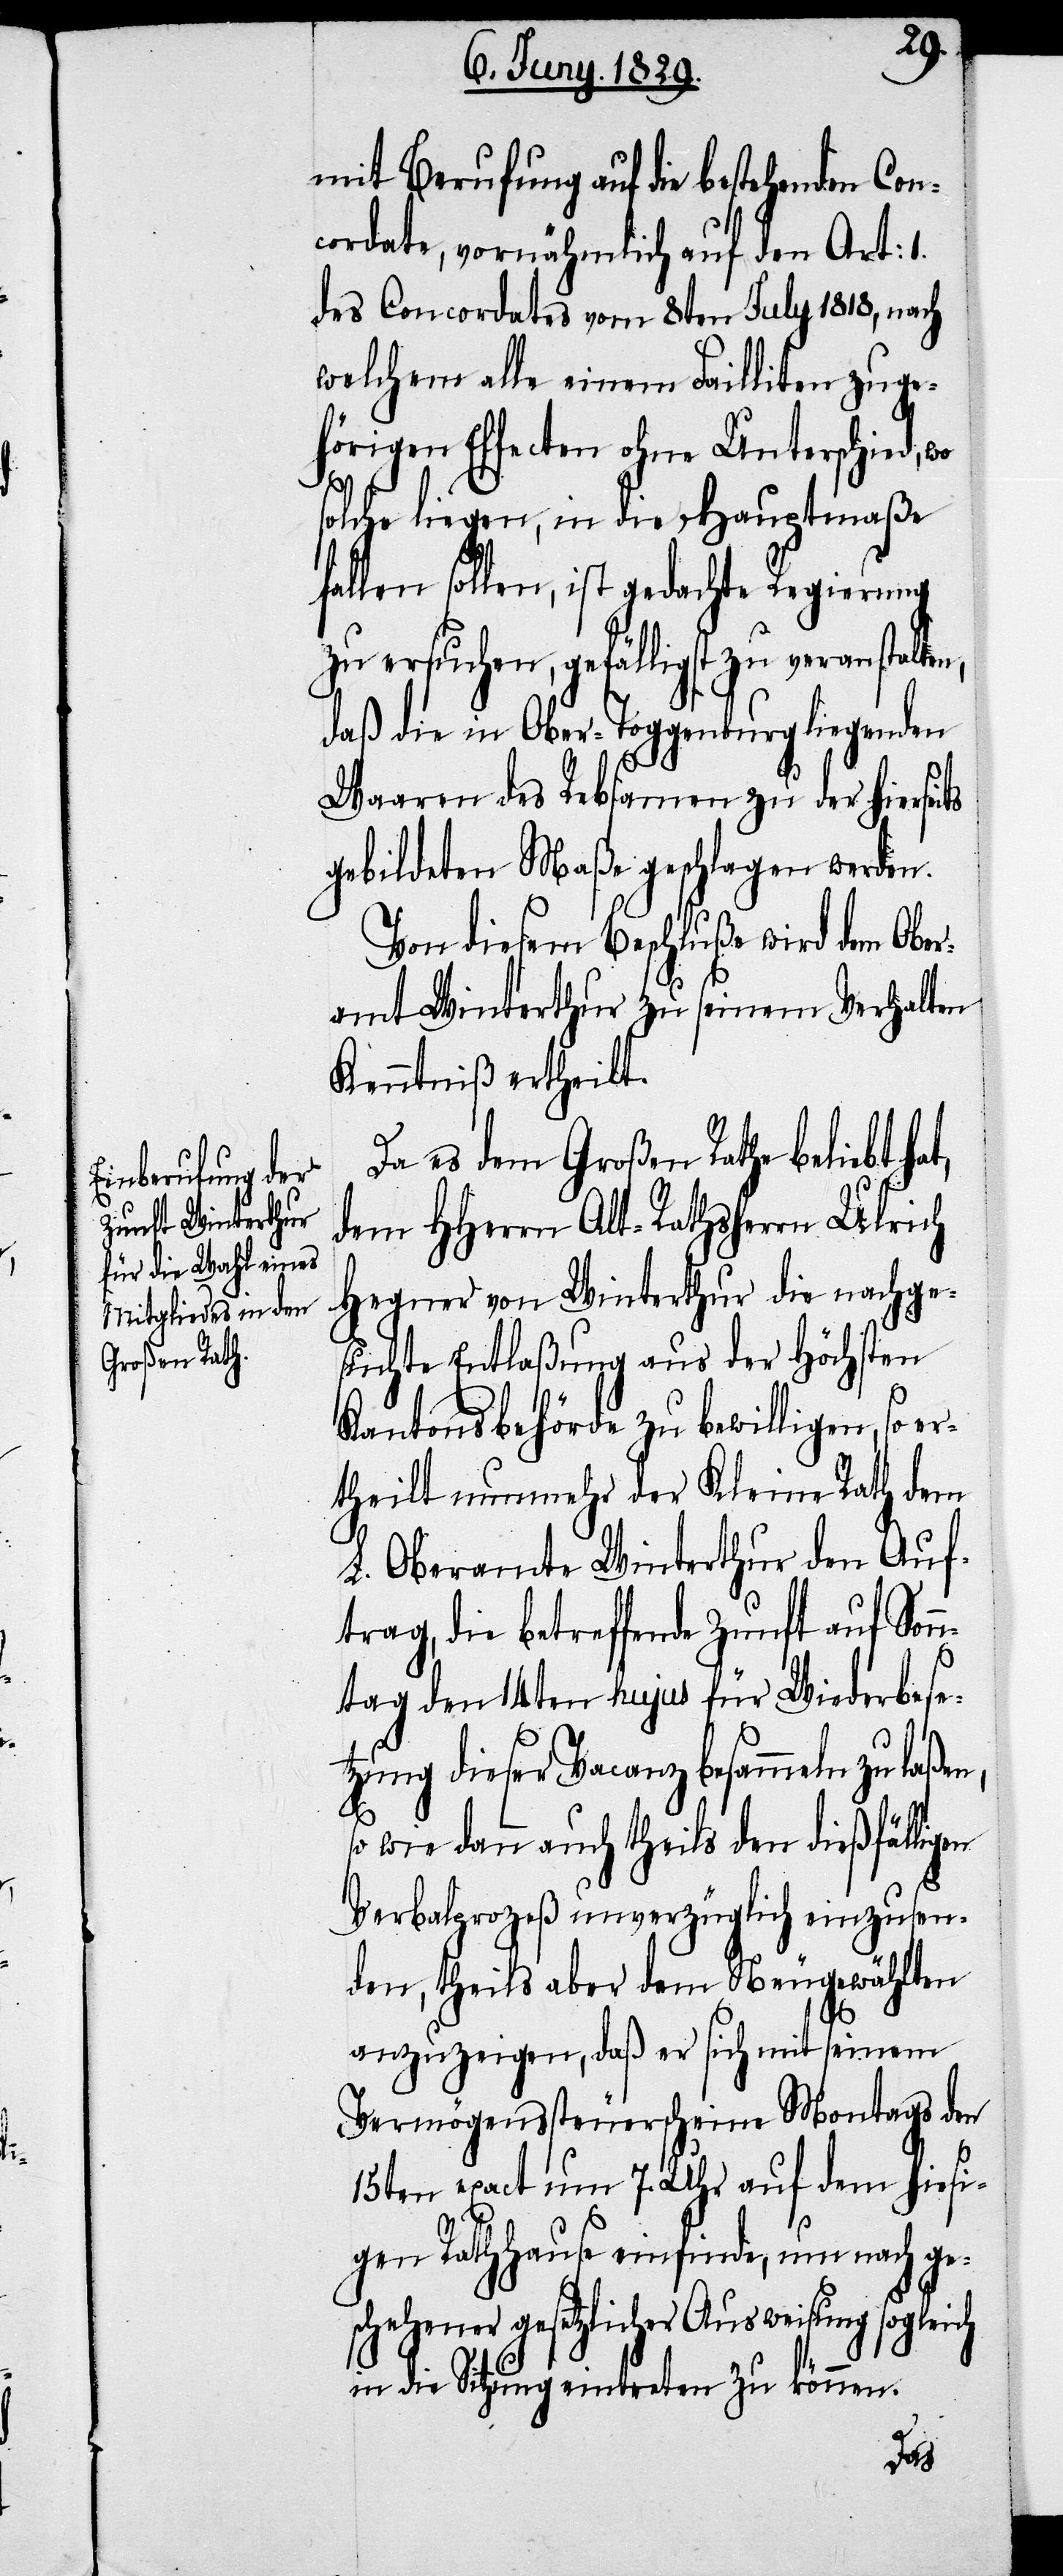
mit Berufung auf die bestehenden Con¬
cordate, vornähmlich auf den Art: 1.
des Concordates vom 8ten July 1818, nach
welchem alle einem Failliten zuge¬
hörigen Effecten ohne Unterschied, wo
solche liegen, in die Hauptmaße
fallen sollen, ist gedachte Regierung
zu ersuchen, gefälligst zu veranstalten,
daß die in Ober-Toggenburg liegenden
Waaren des Rebsamen zu der hiersei¬
gebildeten Maße geschlagen werden.
Von diesem Beschluße wird dem Ober¬
amt Winterthur zu seinem Verhalten
Kenntniß ertheilt.
Da es dem Großen Rath beliebt ha¬
dem HHerrn Alt-Rathsherrn Ulrich
Hegner von Winterthur die nachge¬
suchte Entlaßung aus der Höchsten
Kantonsbehörde zu bewilligen, so er¬
theilt nunmehr der Kleine Rath dem
L. Oberamte Winterthur den Auf¬
trag, die betreffende Zunft auf Son¬
t,
ntag den 14ten hujus für Wiederbese¬
tzung dieser Vacanz besammeln zu laßen,
so wie dann auch theils den dießfälligen
Verbalprozeß unverzüglich einzusen¬
den, theils aber dem Neugewählten
anzuzeigen, daß er sich mit seinem
Vermögenssteuerscheine Montags den
15ten exact um 7. Uhr auf dem hiesi¬
gen Rathhause einfinde, um nach ge¬
schehener gesetzlicher Ausweisung sogleich
in die Sitzung eintreten zu können.